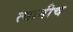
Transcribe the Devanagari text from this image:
त्यानीच